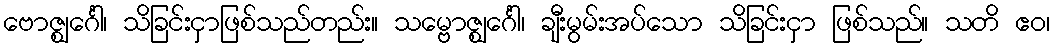
ဗောဇ္ဈင်္ဂေါ၊ သိခြင်းငှာဖြစ်သည်တည်း။ သမ္ဗောဇ္ဈင်္ဂေါ၊ ချီးမွမ်းအပ်သော သိခြင်းငှာ ဖြစ်သည်။ သတိ ဧဝ၊